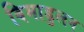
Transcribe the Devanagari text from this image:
विमाडुलन